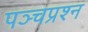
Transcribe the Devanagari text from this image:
पञ्चप्रश्न